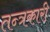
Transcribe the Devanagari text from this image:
तन्त्रकारी